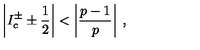
\left| I _ { c } ^ { \pm } \pm \displaystyle \frac { 1 } { 2 } \right| < \left| \displaystyle \frac { p - 1 } { p } \right| \: ,